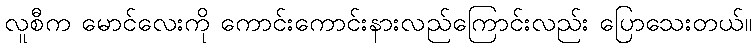
လူစီက မောင်လေးကို ကောင်းကောင်းနားလည်ကြောင်းလည်း ပြောသေးတယ်။